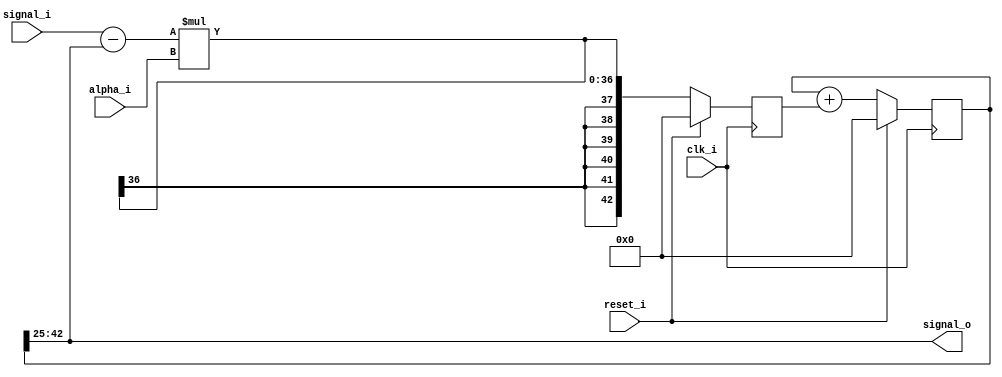
//////////////////////////////////////////////////////////////////////////////////
// Company: LKB
// 
// Design Name: 
// Module Name: red_pitaya_iq_fgen_block
// Project Name: 
// Target Devices: 
// Tool Versions: 
// Description: 
// 
// Dependencies: 
// 
// Revision:
// Revision 0.01 - File Created
// Additional Comments:
// 
//////////////////////////////////////////////////////////////////////////////////
/*
###############################################################################
#    pyrpl - DSP servo controller for quantum optics with the RedPitaya
#    Copyright (C) 2014-2016  Leonhard Neuhaus  (neuhaus@spectro.jussieu.fr)
#
#    This program is free software: you can redistribute it and/or modify
#    it under the terms of the GNU General Public License as published by
#    the Free Software Foundation, either version 3 of the License, or
#    (at your option) any later version.
#
#    This program is distributed in the hope that it will be useful,
#    but WITHOUT ANY WARRANTY; without even the implied warranty of
#    MERCHANTABILITY or FITNESS FOR A PARTICULAR PURPOSE.  See the
#    GNU General Public License for more details.
#
#    You should have received a copy of the GNU General Public License
#    along with this program.  If not, see <http://www.gnu.org/licenses/>.
############################################################################### 
*/


module red_pitaya_iq_lpf_block #(
    parameter     ALPHABITS = 25,
    parameter     HIGHESTALPHABIT = 18,
    parameter     LPFBITS   = 18 //,
//    parameter     HIGHPASS    = 0
)
(
    input clk_i,
    input reset_i  ,
    input signed [HIGHESTALPHABIT-1:0] alpha_i, 

    input signed [LPFBITS-1:0] signal_i,
    output signed [LPFBITS-1:0] signal_o
);

//reg signed [ALPHABITS-1:0] alpha;
reg  signed [LPFBITS+ALPHABITS-1:0]    y;
reg  signed [LPFBITS+ALPHABITS-1:0]    delta;   //we need this cumbersome imperfect implementation with a delta buffer to introduce some delay so the code works at 125 MHZ
//reg  signed [LPFBITS+1-1:0]  delta_out;
wire signed [LPFBITS-1:0]  y_out;

assign y_out = y[ALPHABITS+LPFBITS-1:ALPHABITS];

always @(posedge clk_i) begin
//    alpha <= $signed(alpha_i);
    if (reset_i == 1'b1) begin
        y <=            {ALPHABITS+LPFBITS{1'b0}};
        delta <=        {ALPHABITS+LPFBITS{1'b0}};
        //delta_out <=    {LPFBITS{1'b0}};
    end
    else begin
        //delta <= ($signed(signal_i)-$signed(y_out))*$signed(alpha);
        //y <= $signed(y) + $signed(delta);
        delta <= (signal_i-y_out)*alpha_i;
        //delta_out <= signal_i - y_out;
        y <= y + delta;
    end
end
    
assign signal_o = y_out;

//generate 
//if (HIGHPASS == 0)
//    assign signal_o = y_out;
//else
//    if (delta_out[LPFBITS:LPFBITS-1] == 2'b01)
//        assign signal_o = {1'b0,{LPFBITS-1{1'b1}}};
//    else if (delta_out[LPFBITS:LPFBITS-1] == 2'b10)
//       assign signal_o = {1'b1,{LPFBITS-1{1'b0}}};
//    else
//        assign signal_o = delta_out[LPFBITS-1:0];
//endgenerate

endmodule